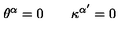
\theta ^ { \alpha } = 0 \qquad \kappa ^ { \alpha ^ { \prime } } = 0